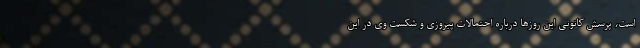
است، پرسش کانونی این روزها درباره احتمالات پیروزی و شکست وی در این